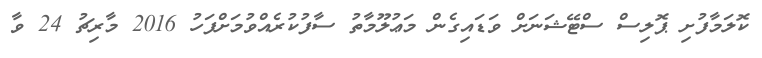
ކޮލަމާފުށި ޕޮލިސް ސްޓޭޝަނަށް ވަޑައިގެން މަޢުލޫމާތު ސާފުކުރެއްވުމަށްފަހު 2016 މާރިޗު 24 ވާ